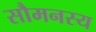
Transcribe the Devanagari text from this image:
सौमनस्य